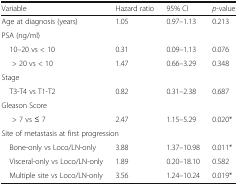
| Variable | Hazard ratio | 95% CI | p-value |
 | --- | --- | --- | --- |
 | Age at diagnosis (years) | 1.05 | 0.97–1.13 | 0.213 |
 | <COLSPAN=4> PSA (ng/ml) |
 | 10–20 vs < 10 | 0.31 | 0.09–1.13 | 0.076 |
 | > 20 vs < 10 | 1.47 | 0.66–3.29 | 0.348 |
 | <COLSPAN=4> Stage |
 | T3-T4 vs T1-T2 | 0.82 | 0.31–2.38 | 0.687 |
 | <COLSPAN=4> Gleason Score |
 | > 7 vs ≤ 7 | 2.47 | 1.15–5.29 | 0.020* |
 | <COLSPAN=4> Site of metastasis at first progression |
 | Bone-only vs Loco/LN-only | 3.88 | 1.37–10.98 | 0.011* |
 | Visceral-only vs Loco/LN-only | 1.89 | 0.20–18.10 | 0.582 |
 | Multiple site vs Loco/LN-only | 3.56 | 1.24–10.24 | 0.019* |